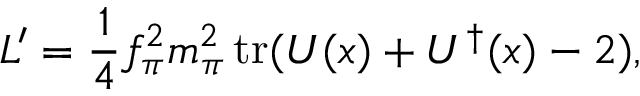
{ \cal L } ^ { \prime } = \frac { 1 } { 4 } f _ { \pi } ^ { 2 } m _ { \pi } ^ { 2 } \, \mathrm { t r } ( U ( x ) + U ^ { \dagger } ( x ) - 2 ) ,